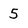
Character: 5